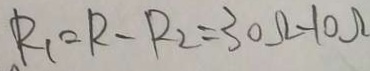
R _ { 1 } = R - R _ { 2 } = 3 0 \Omega - 1 0 \Omega